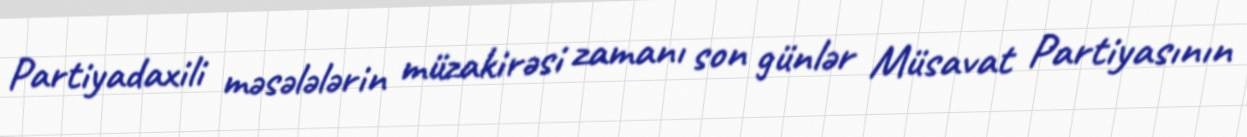
Partiyadaxili məsələlərin müzakirəsi zamanı son günlər Müsavat Partiyasının